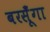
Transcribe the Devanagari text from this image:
बरसूँगा